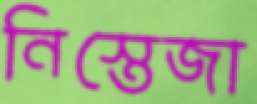
নিস্তেজা